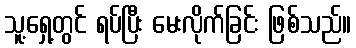
သူ့ရှေ့တွင် ရပ်ပြီး မေးလိုက်ခြင်း ဖြစ်သည်။